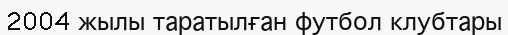
2004 жылы таратылған футбол клубтары